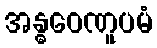
အန္ဓဝေဏူပမံ